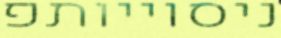
ניסוייותפ